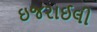
ઇજરાઈલી